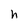
Character: h